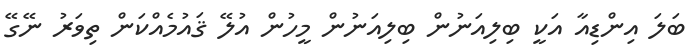
ބަލަ އިންޑިއާ އަކީ ބިލިއަނުން ބިލިއަނުން މީހުން އުލޭ ޤައުމެއްކަން ތިވަރު ނޭގޭ